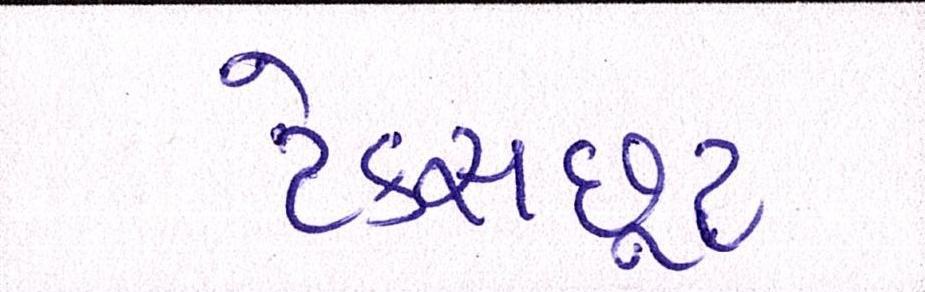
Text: ટેક્સછૂટ